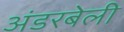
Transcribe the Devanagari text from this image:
अंडरबेली